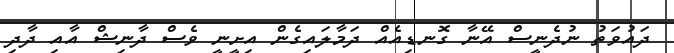
ދައުވަތު ނުދެނީސް އޭނާ ގޮނޑިއެއް ދަމާލައިގެން އިށީނީ ވެސް ދާނިޝް އާއި ދާދި